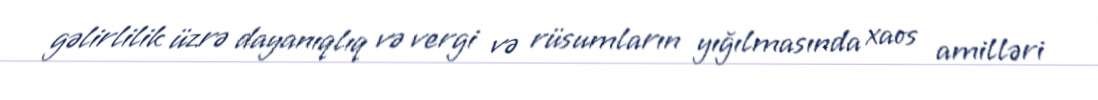
gəlirlilik üzrə dayanıqlıq və vergi və rüsumların yığılmasında xaos amilləri